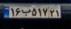
۱۶ب۵۱۷۲۱